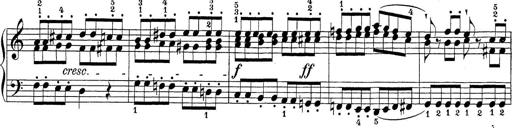
Title: Sonatina Album
Composer: Louis KÃ¶hler